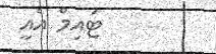
ޓައިމް އެެއީ